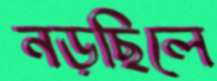
নড়ছিলে